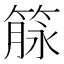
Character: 𰪌